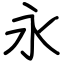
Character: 永